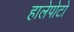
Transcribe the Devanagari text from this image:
हालेपोटो